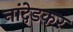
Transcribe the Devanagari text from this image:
नांदेडकर